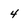
Character: 4